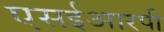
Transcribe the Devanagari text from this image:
एसईआरपी